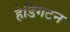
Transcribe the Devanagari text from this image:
हेडिंगटन